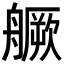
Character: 𦪘